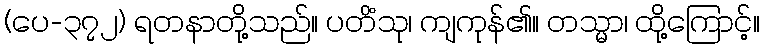
(ပေ-၃၇၂) ရတနာတို့သည်။ ပတိံသု၊ ကျကုန်၏။ တသ္မာ၊ ထို့ကြောင့်။